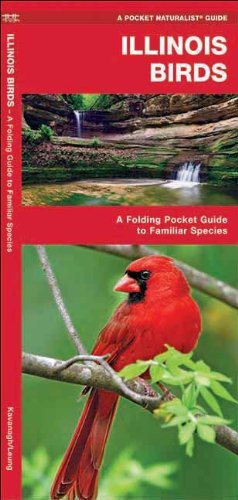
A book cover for Illinois Birds: A Folding Pocket Guide to Familiar Species (Pocket Naturalist Guide Series); James Kavanagh; Travel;